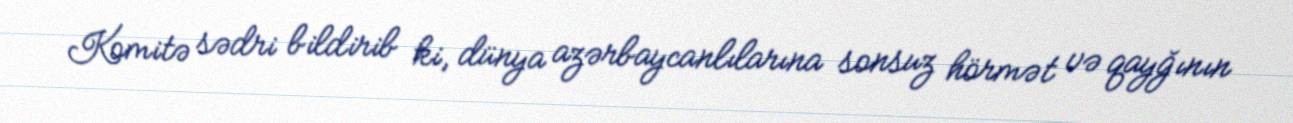
Komitə sədri bildirib ki, dünya azərbaycanlılarına sonsuz hörmət və qayğının